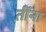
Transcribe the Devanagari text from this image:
तींना